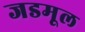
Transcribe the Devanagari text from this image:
जडमूल